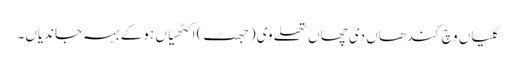
گلیاں وچ کندھاں دی چھاں تھلے وی (جھٹ) اکٹھیاں ہو کے بہہ جاندیاں۔